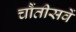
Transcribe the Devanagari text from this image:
चौंतीसवें